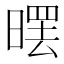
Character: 𣉳